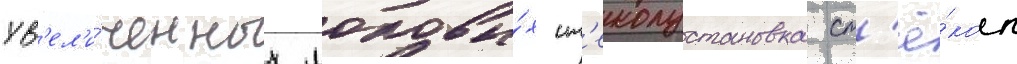
ув'ел'и́ченных лобовы́х ст'еколустановка ст'ё́кол